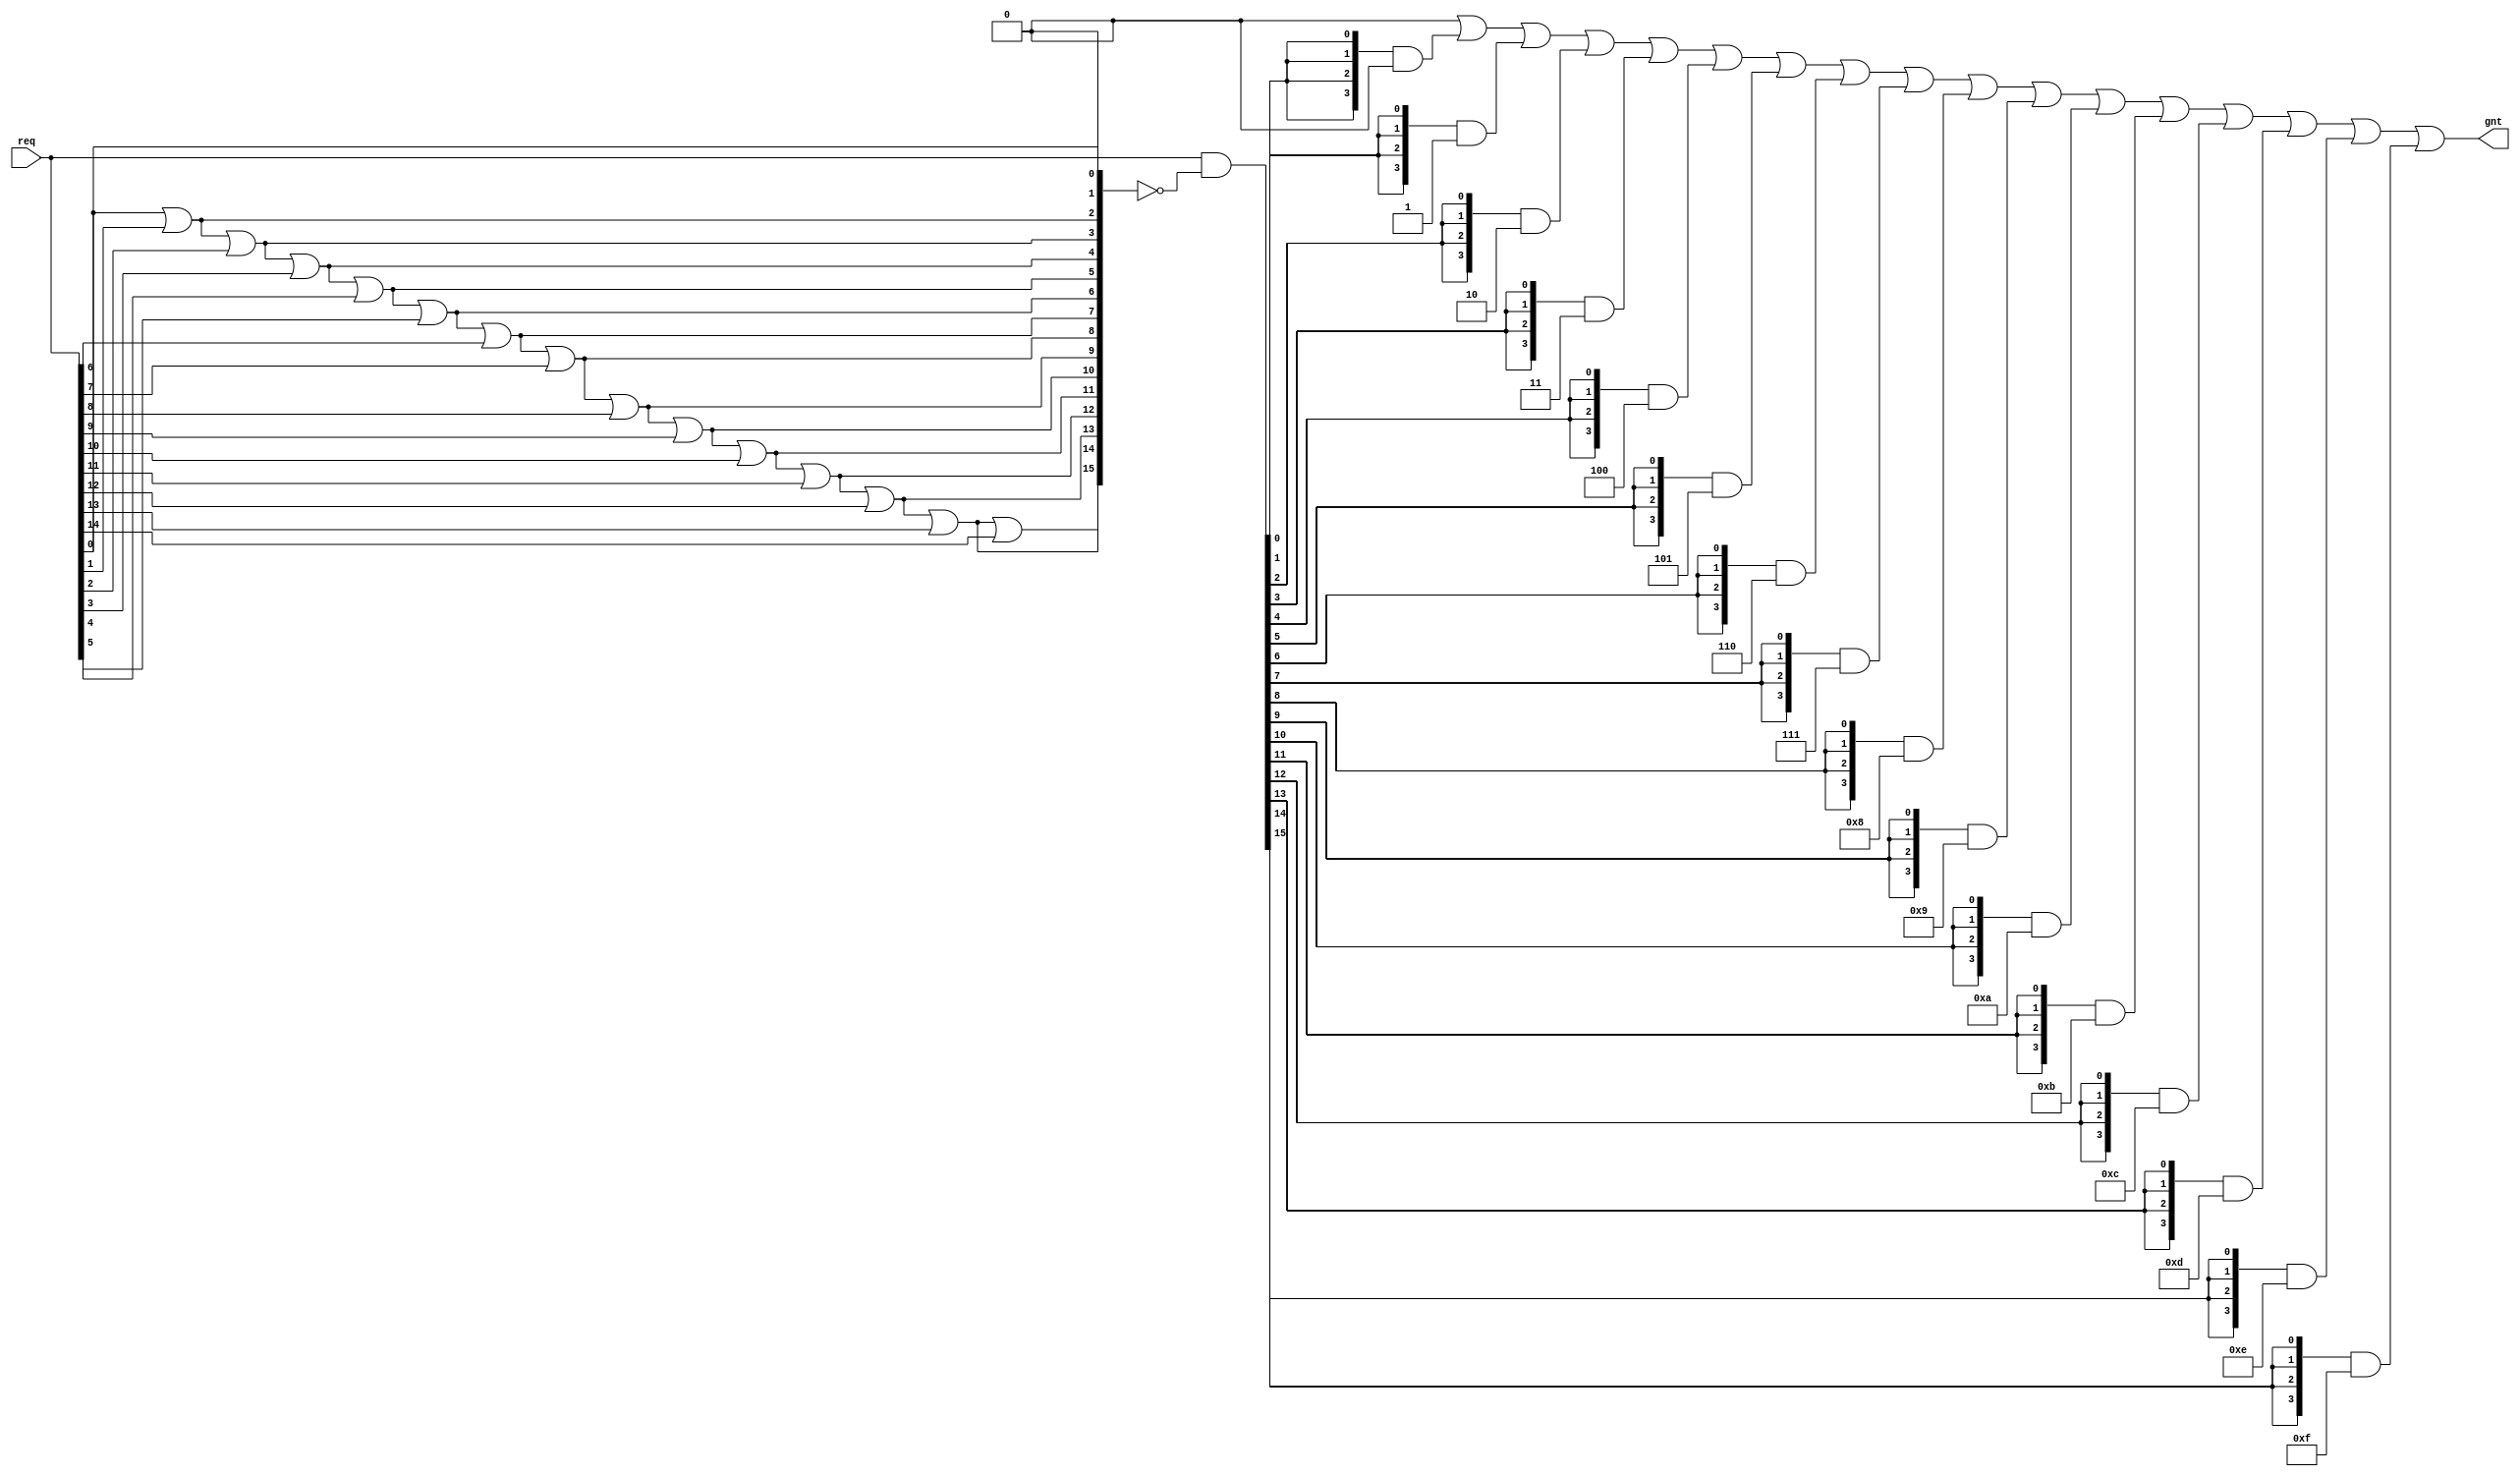
/******************************************************************************
 *     DO WHAT THE FUCK YOU WANT TO AND DON'T BLAME US PUBLIC LICENSE         *
 *                        Version 3, April 2008                               *
 *                                                                            *
 *     Copyright (C) 2019 Luke Wren                                           *
 *                                                                            *
 *     Everyone is permitted to copy and distribute verbatim or modified      *
 *     copies of this license document and accompanying software, and         *
 *     changing either is allowed.                                            *
 *                                                                            *
 *       TERMS AND CONDITIONS FOR COPYING, DISTRIBUTION AND MODIFICATION      *
 *                                                                            *
 *     0. You just DO WHAT THE FUCK YOU WANT TO.                              *
 *     1. We're NOT RESPONSIBLE WHEN IT DOESN'T FUCKING WORK.                 *
 *                                                                            *
 *****************************************************************************/

// Really something like this should be in a utility library (or the language!),
// but Hazard5 is supposed to be self-contained

module hazard5_priority_encode #(
	parameter W_REQ = 16,
	parameter W_GNT = $clog2(W_REQ) // do not modify
) (
	input  wire [W_REQ-1:0] req,
	output wire [W_GNT-1:0] gnt
);

// First do a priority-select of the input bitmap.

reg [W_REQ-1:0] deny;

always @ (*) begin: smear
	integer i;
	deny[0] = 1'b0;
	for (i = 1; i < W_REQ; i = i + 1)
		deny[i] = deny[i - 1] || req[i - 1];
end

wire [W_REQ-1:0] gnt_onehot = req & ~deny;

// As the result is onehot, we can now just OR in the representation of each
// encoded integer.

reg [W_GNT-1:0] gnt_accum;

always @ (*) begin: encode
	integer i;
	gnt_accum = {W_GNT{1'b0}};
	for (i = 0; i < W_REQ; i = i + 1) begin
		gnt_accum = gnt_accum | ({W_GNT{gnt_onehot[i]}} & i[W_GNT-1:0]);
	end
end

assign gnt = gnt_accum;

endmodule